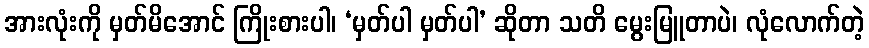
အားလုံးကို မှတ်မိအောင် ကြိုးစားပါ၊ ‘မှတ်ပါ မှတ်ပါ’ ဆိုတာ သတိ မွေးမြူတာပဲ၊ လုံလောက်တဲ့